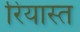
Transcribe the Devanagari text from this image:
रियास्त